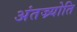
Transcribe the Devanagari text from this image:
अंतज्र्योति